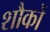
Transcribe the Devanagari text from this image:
शौकों